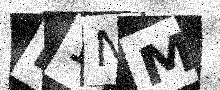
Text: D1NM